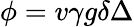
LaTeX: \phi=v\gamma g\delta\Delta